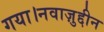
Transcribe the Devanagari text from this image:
गया।नवाज़ुद्दीन